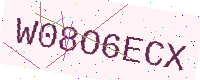
Text: W08O6ECX